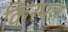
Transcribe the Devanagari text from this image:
किस्‍मत